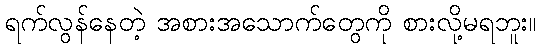
ရက်လွန်နေတဲ့ အစားအသောက်တွေကို စားလို့မရဘူး။